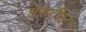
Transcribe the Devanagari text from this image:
शरातील